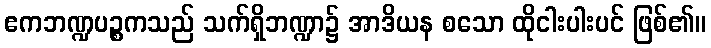
ဧကဘဏ္ဍပဉ္စကသည် သက်ရှိဘဏ္ဍာ၌ အာဒိယန စသော ထိုငါးပါးပင် ဖြစ်၏။